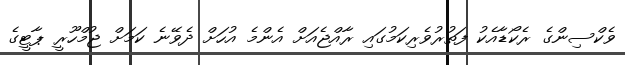
ވެކްސިންގެ ރެކޯޑާއެކު ފަތުރުވެރިކަމުގައި ރާއްޖެއަށް އެންމެ އުހަށް ދެވޭނެ ކަމަށް ޖުމްހޫރީ ޕާޓީގެ